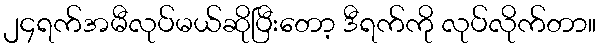
၂၄ရက်အမီလုပ်မယ်ဆိုပြီးတော့ ဒီရက်ကို လုပ်လိုက်တာ။